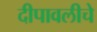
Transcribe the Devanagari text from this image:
दीपावलीचे